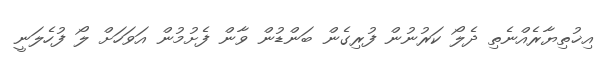
އިޚުތިޔާރެއްނެތި ދެލޯ ކަރުނުން ފުރިގެން ބަންޑުން ވާން ފެށުމުން އަވަހަށް ލޯ ފުހެލަނީ